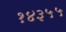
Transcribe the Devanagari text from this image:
१४३५५